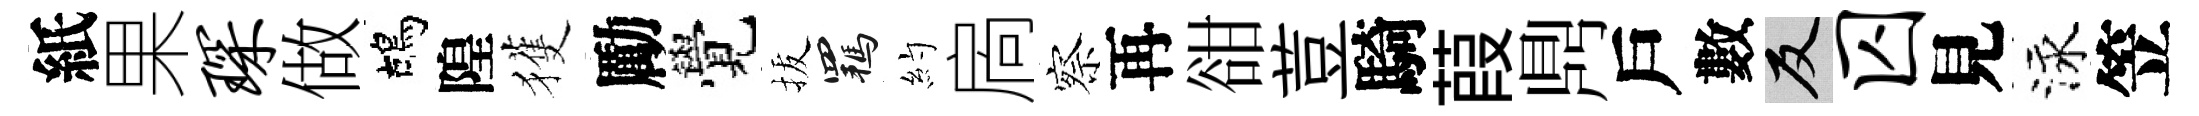
紙果琛做鴣隍獲勵覺拔羈約扄察再𧮳荳騎葭𪔂戶數反囚見泳笠